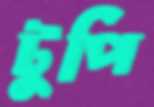
টুপি